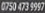
0750 473 9997